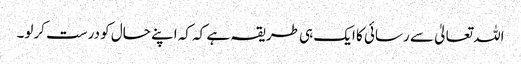
اللہ تعالیٰ سے رسائی کا ایک ہی طریقہ ہے کہ کہ اپنے حال کو درست کرلو۔